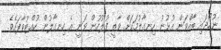
ނުހޯދައި ބާއްވަަން އުޅުނު ހިނގާލުމަކަށް ވާތީ ފުލުހުން ވަނީ އެ ހިނގާލުން ހުއްޓުވާފައެވެ.